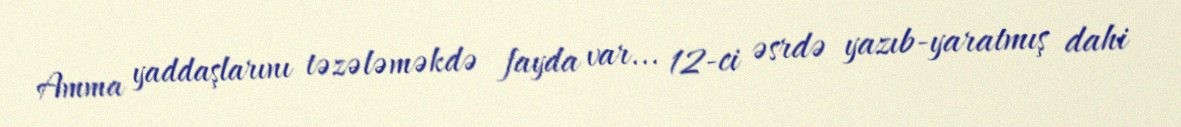
Amma yaddaşlarını təzələməkdə fayda var... 12-ci əsrdə yazıb-yaratmış dahi